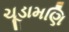
ચૂડામણિ